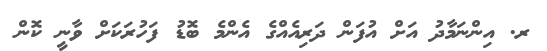
ރ. އިންނަމާދު އަށް އުފަން ދަރިއެއްގެ އެންމެ ބޮޑު ފަހުރަކަށް ވާނީ ކޮން